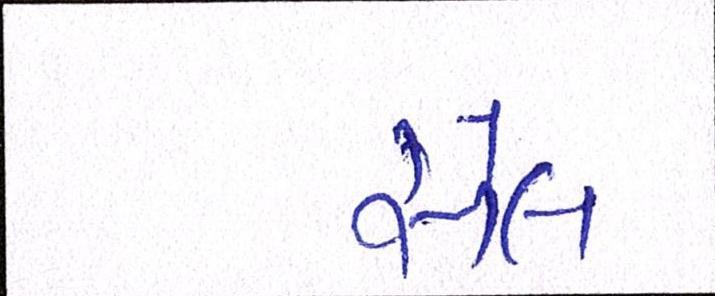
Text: સેલ